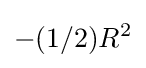
-(1/2)R^{2}